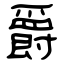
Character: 爵